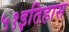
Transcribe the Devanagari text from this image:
५१इतिहास